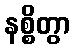
နစ္စိတွာ